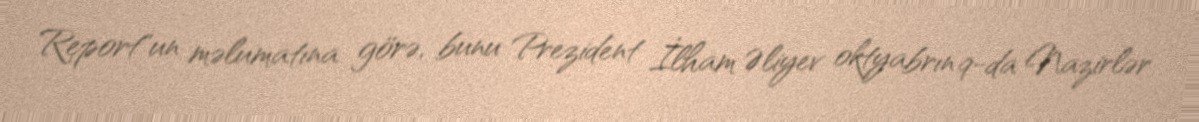
Report"un məlumatına görə, bunu Prezident İlham Əliyev oktyabrın 9-da Nazirlər